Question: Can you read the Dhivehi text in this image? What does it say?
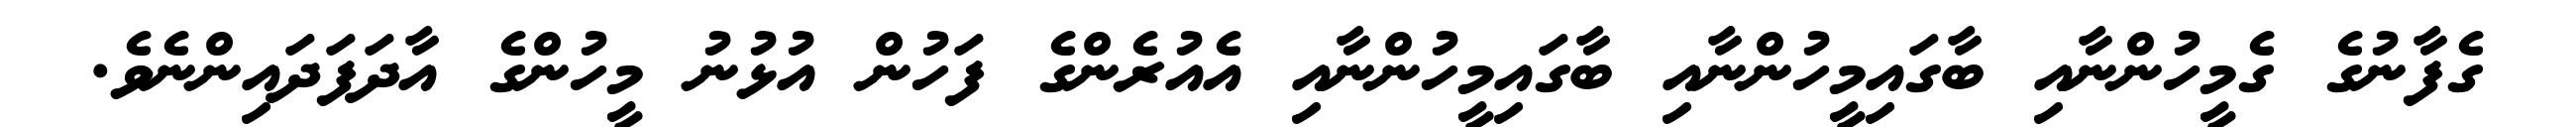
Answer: ގެފާނުގެ ގެމީހުންނާއި ބާގައިމީހުންނާއި ބާގައިމީހުންނާއި އެއުރެންގެ ފަހުން އުޅުނު މީހުންގެ އާދަފަދައިންނެވެ.